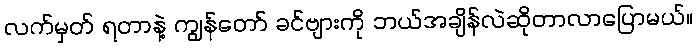
လက်မှတ် ရတာနဲ့ ကျွန်တော် ခင်ဗျားကို ဘယ်အချိန်လဲဆိုတာလာပြောမယ်။